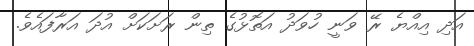
އަދި އިއްޔެ ރޭ ވަނީ ހުވަދު އަތޮޅުގެ ތިން ރަށަކަށް އުދަ އަރާފައެވެ.